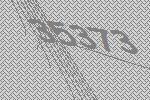
35373